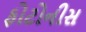
ફોટોનીસ